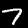
Digit: 7